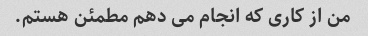
من از کاری که انجام می دهم مطمئن هستم.